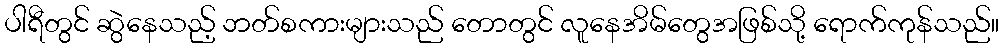
ပါရီတွင် ဆွဲနေသည့် ဘတ်စကားများသည် တောတွင် လူနေအိမ်တွေအဖြစ်သို့ ရောက်ကုန်သည်။